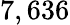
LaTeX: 7,636